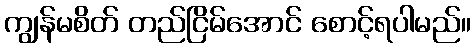
ကျွန်မစိတ် တည်ငြိမ်အောင် စောင့်ရပါမည်။